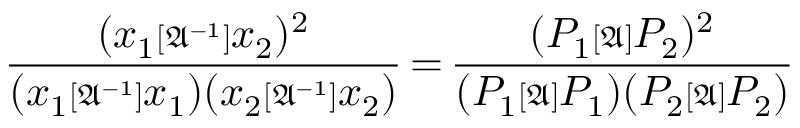
\displaystyle \frac { ( x _ { 1 } { \scriptstyle { [ \mathfrak { A } ^ { - 1 } ] } } x _ { 2 } ) ^ { 2 } } { ( x _ { 1 } { \scriptstyle { [ \mathfrak { A } ^ { - 1 } ] } } x _ { 1 } ) ( x _ { 2 } { \scriptstyle { [ \mathfrak { A } ^ { - 1 } ] } } x _ { 2 } ) } { \, = \, } \frac { ( P _ { 1 } { \scriptstyle { [ \mathfrak { A } ] } } P _ { 2 } ) ^ { 2 } } { ( P _ { 1 } { \scriptstyle { [ \mathfrak { A } ] } } P _ { 1 } ) ( P _ { 2 } { \scriptstyle { [ \mathfrak { A } ] } } P _ { 2 } ) }